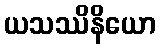
ယသဿိနိယော